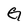
Character: G